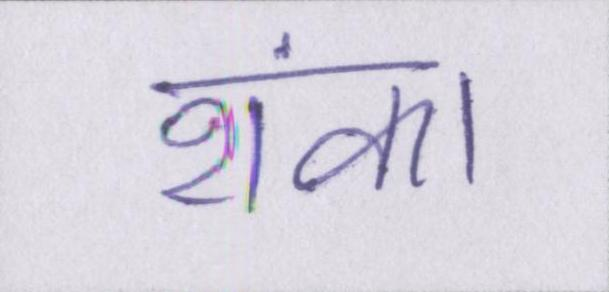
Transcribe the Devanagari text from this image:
शंका